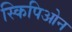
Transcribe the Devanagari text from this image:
स्किपिओन